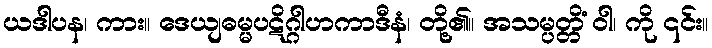
ယဒါပန၊ ကား။ ဒေယျဓမ္မပဋိဂ္ဂါဟကာဒီနံ၊ တို့၏။ အသမ္ပတ္တိံ ဝါ၊ ကို ၎င်း။